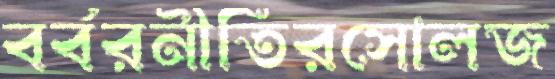
বর্বরনীতিরসোলজ